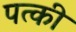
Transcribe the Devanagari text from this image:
पत्‍की